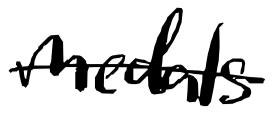
Text: medals
Cross-out: single-line
Writing tool: digital_black